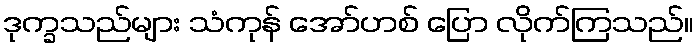
ဒုက္ခသည်များ သံကုန် အော်ဟစ် ပြော လိုက်ကြသည်။